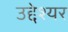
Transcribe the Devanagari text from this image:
उद्देश्यर